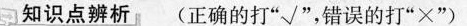
知识点辨析(正确的打”√”，错误的打”×”)